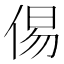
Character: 㑥